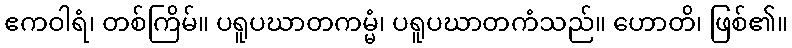
ဧကဝါရံ၊ တစ်ကြိမ်။ ပရူပဃာတကမ္မံ၊ ပရူပဃာတကံသည်။ ဟောတိ၊ ဖြစ်၏။